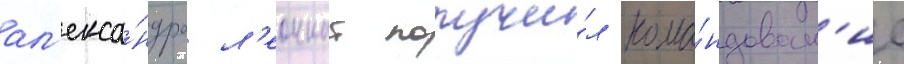
ал'екса́ндра л'еоннат получи́л кома́ндован'ие